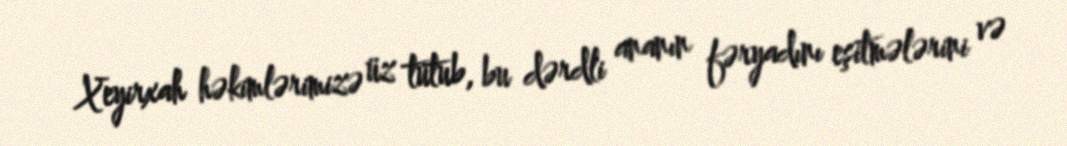
Xeyirxah həkimlərimizə üz tutub, bu dərdli ananın fəryadını eşitmələrini və